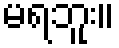
မရဘူး။